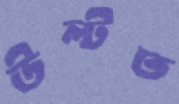
উল্‌টত